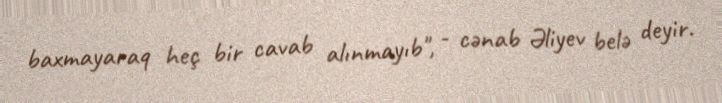
baxmayaraq heç bir cavab alınmayıb", - cənab Əliyev belə deyir.